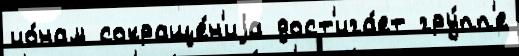
ио́нам сокраще́н'иjа дост'ига́ет гру́пп'е